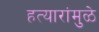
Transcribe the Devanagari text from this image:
हत्यारांमुळे